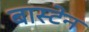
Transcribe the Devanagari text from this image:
बास्टेन